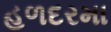
હળદરમા